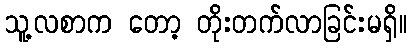
သူ့လစာက တော့ တိုးတက်လာခြင်းမရှိ။